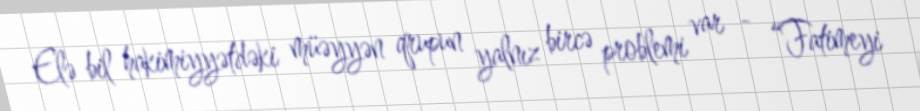
Elə bil hakimiyyətdəki müəyyən qrupun yalnız bircə problemi var - “Fatimeyi